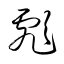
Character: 彪